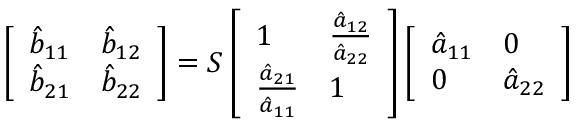
\left[ \begin{array} { l l } { \hat { b } _ { 1 1 } } & { \hat { b } _ { 1 2 } } \\ { \hat { b } _ { 2 1 } } & { \hat { b } _ { 2 2 } } \end{array} \right] = \boldsymbol { S } \left[ \begin{array} { l l } { 1 } & { \frac { \hat { a } _ { 1 2 } } { \hat { a } _ { 2 2 } } } \\ { \frac { \hat { a } _ { 2 1 } } { \hat { a } _ { 1 1 } } } & { 1 } \end{array} \right] \left[ \begin{array} { l l } { \hat { a } _ { 1 1 } } & { 0 } \\ { 0 } & { \hat { a } _ { 2 2 } } \end{array} \right]